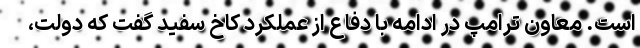
است. معاون ترامپ در ادامه با دفاع از عملکرد کاخ سفید گفت که دولت،